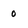
Character: 0